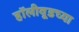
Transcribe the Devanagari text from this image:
हॉलीवूडच्या